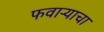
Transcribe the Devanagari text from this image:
फवाऱ्याचा